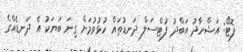
ފޮޓޯ: އަޝްހާދު އަބްދު ފުޓްސަލް ދަނޑުތައް ހުޅުވުމަށް ގިނަ ބަޔަކު އެ ދަނޑެއްގެ